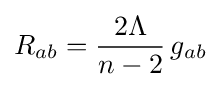
R_{ab}={\frac {2\Lambda }{n-2}}\,g_{ab}